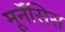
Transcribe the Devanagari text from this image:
मूर्नेंसिस